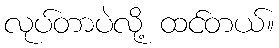
လုပ်တာပဲလို့ ထင်တယ်။